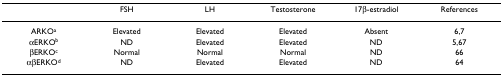
<table><thead><tr><td></td><td><b>FSH</b></td><td><b>LH</b></td><td><b>Testosterone</b></td><td><b>17β-estradiol</b></td><td><b>References</b></td></tr></thead><tbody><tr><td>ARKO<sup>a</sup></td><td>Elevated</td><td>Elevated</td><td>Elevated</td><td>Absent</td><td>6,7</td></tr><tr><td>αERKO<sup>b</sup></td><td>ND</td><td>Elevated</td><td>Elevated</td><td>ND</td><td>5,67</td></tr><tr><td>βERKO<sup>c</sup></td><td>Normal</td><td>Normal</td><td>Normal</td><td>ND</td><td>66</td></tr><tr><td>αβERKO<sup>d</sup></td><td>ND</td><td>Elevated</td><td>Elevated</td><td>ND</td><td>64</td></tr></tbody></table>